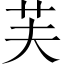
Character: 芙